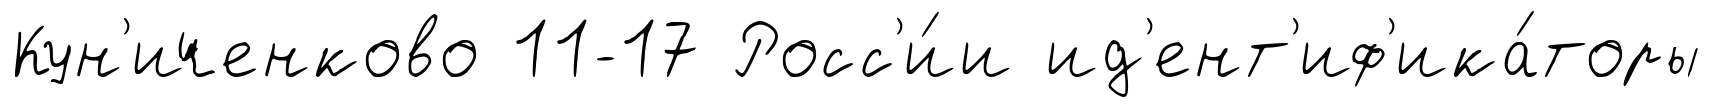
Кун'иченково 11-17 Росс'и́и ид'ент'иф'ика́торы